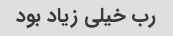
رب خیلی زیاد بود